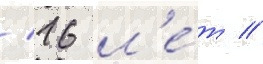
/ 16 л'е́т //